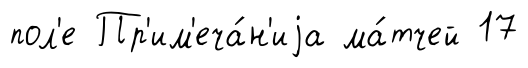
пол'е Пр'им'еча́н'иjа ма́тчей 17